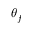
\theta _ { f }